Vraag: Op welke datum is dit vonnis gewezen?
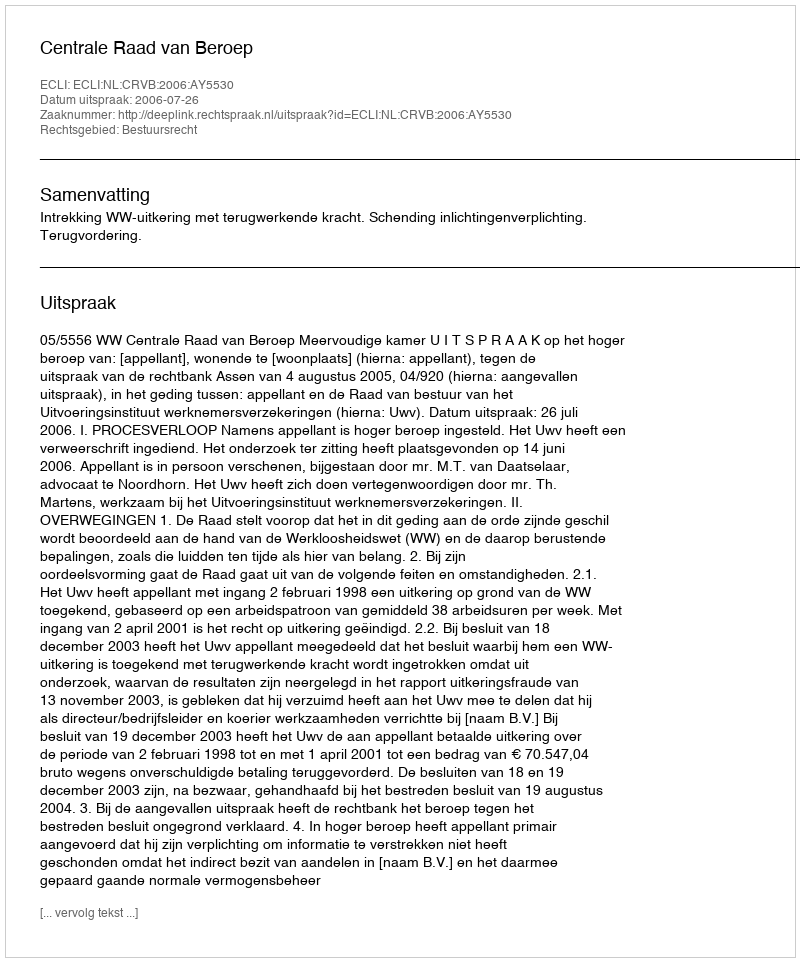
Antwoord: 2006-07-26